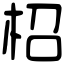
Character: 柖